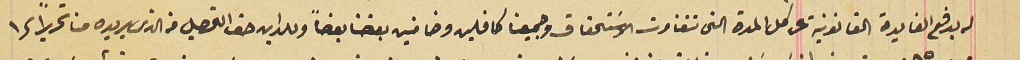
له بدفع الفايدة القانونية على كل المدة التى تتفاوت الاسَتحقاق وجميعنا كافلين وضامنين بعضنا بعضاً وللداين حق التحصيل من الذى يريده منا تحريراً فى ١